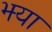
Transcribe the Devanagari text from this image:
झ्या